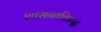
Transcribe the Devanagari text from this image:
शासनाविरुद्ध